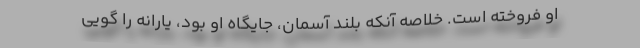
او فروخته است. خلاصه آنکه بلند آسمان، جایگاه او بود، یارانه را گویی